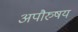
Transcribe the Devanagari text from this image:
अपौरुषय